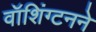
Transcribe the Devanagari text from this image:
वॉशिंग्टनने